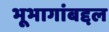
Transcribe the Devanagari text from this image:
भूभागांबद्दल